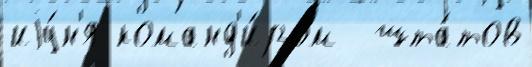
иjу́н'я команд'и́ром  шта́тов